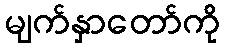
မျက်နှာတော်ကို